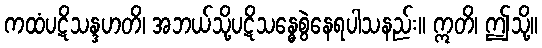
ကထံပဋိသန္ဒဟတိ၊ အဘယ်သို့ပဋိသန္ဓေစွဲနေရပါသနည်း။ ဣတိ၊ ဤသို့။